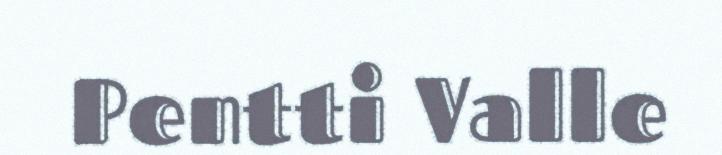
Pentti Valle